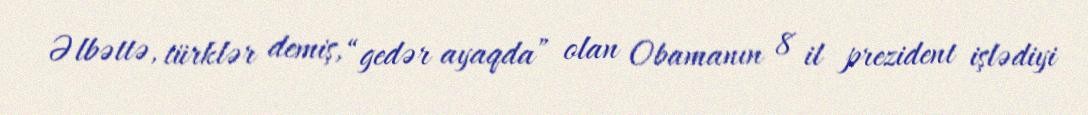
Əlbəttə, türklər demiş, “gedər ayaqda” olan Obamanın 8 il prezident işlədiyi